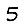
Digit: 5